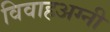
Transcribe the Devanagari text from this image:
विवाहअग्नी